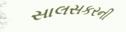
સાલસકરની